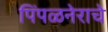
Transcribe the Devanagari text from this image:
पिंपळनेराचे